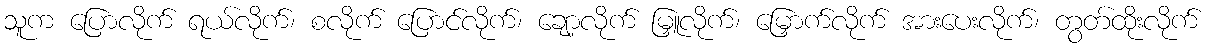
သူက ပြောလိုက် ရယ်လိုက်၊ စလိုက် ပြောင်လိုက်၊ ချော့လိုက် မြှူလိုက်၊ မြှောက်လိုက် အားပေးလိုက်၊ တွတ်ထိုးလိုက်